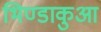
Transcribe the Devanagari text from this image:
भिण्डाकुआ